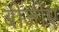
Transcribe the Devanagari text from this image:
बीजीए